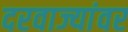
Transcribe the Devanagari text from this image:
दरवाज्यांवर